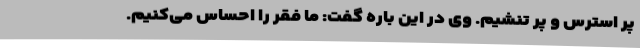
پر استرس و پر تنشیم. وی در این باره گفت: ما فقر را احساس می‌کنیم.